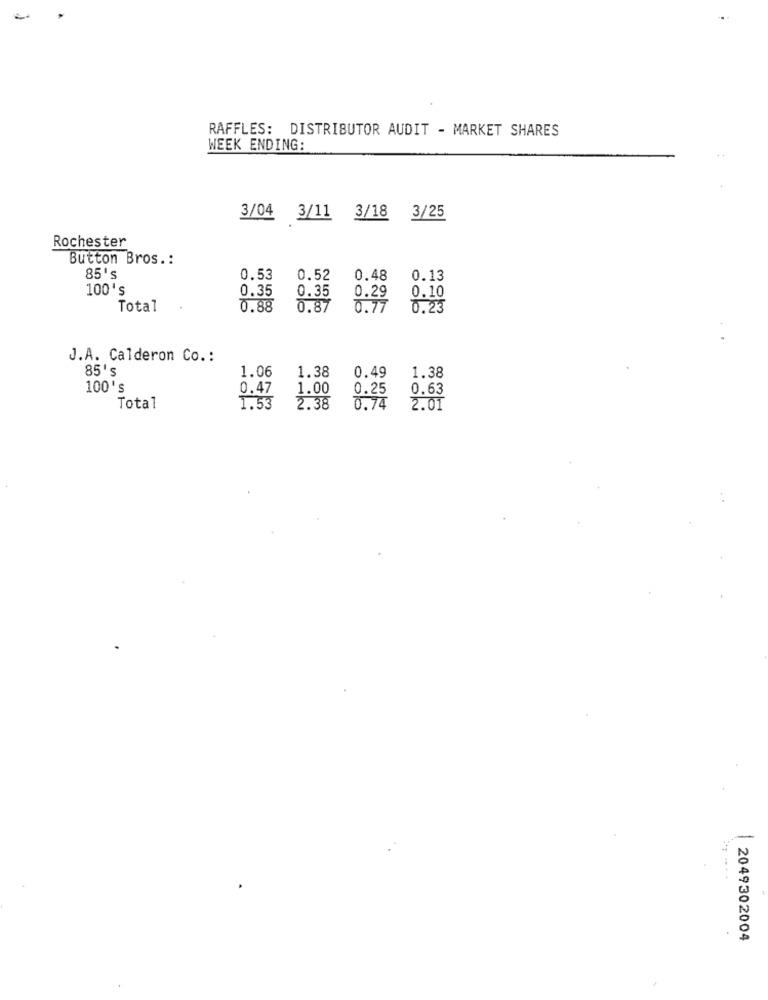
RAFFLES: DISTRIBUTOR AUDIT - MARKET SHARES
WEEK ENDING:
3/04 3/11 3/18 3/25
Rochester
Button Bros .:
85's
0.53
0.52
0.48
0.13
100's
0.35
0.35
0.10
0.29
Total
0.88
0.87
0.77
0,23
J.A. Calderon Co .:
85's
1.06
1.38
0.49
1.38
100's
0.47
1.00
0.25
0.63
Total
1.53
2.38
0.74
2.01
2049302004